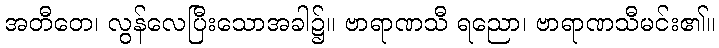
အတီတေ၊ လွန်လေပြီးသောအခါ၌။ ဗာရာဏသီ ရညော၊ ဗာရာဏသီမင်း၏။